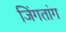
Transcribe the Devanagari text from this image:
जिंगतांग